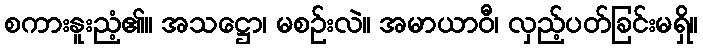
စကားနူးညံ့၏။ အသဋ္ဌော၊ မစဉ်းလဲ။ အမာယာဝီ၊ လှည့်ပတ်ခြင်းမရှိ။